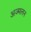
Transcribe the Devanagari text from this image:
अज्मलन